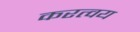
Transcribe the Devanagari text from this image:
करत्वय